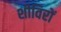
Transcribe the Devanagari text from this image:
शीविरों